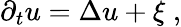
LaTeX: \partial_{t}u=\Delta u+\xi\; ,